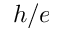
h / e